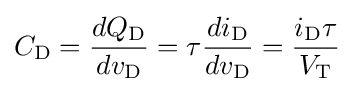
C_{\text{D}}={\frac {dQ_{\text{D}}}{dv_{\text{D}}}}=\tau {\frac {di_{\text{D}}}{dv_{\text{D}}}}={\frac {i_{\text{D}}\tau }{V_{\text{T}}}}\